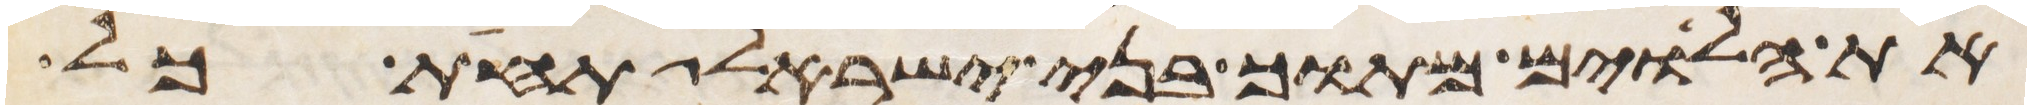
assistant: את הלוים מתוך בני ישראל תחת כל